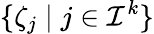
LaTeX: \{ \zeta_{j}\; |\; j\in\mathcal{I}^{k}\}